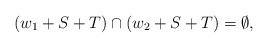
LaTeX: \begin{align*} (w_1 + S + T) \cap (w_2 + S + T) = \emptyset, \end{align*}